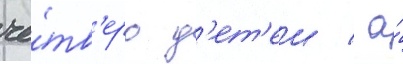
че́тв'еро д'ет'еи / а́